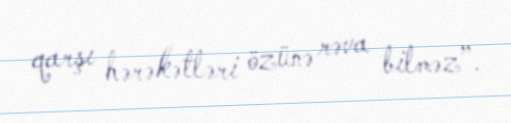
qarşı hərəkətləri özünə rəva bilməz”.